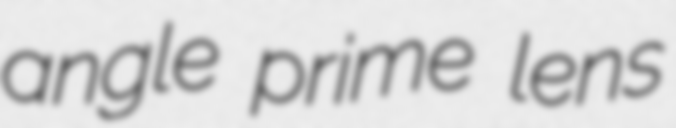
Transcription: angle prime lens